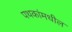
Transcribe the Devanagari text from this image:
पथकांमधील